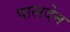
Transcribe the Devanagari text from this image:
पालदेन